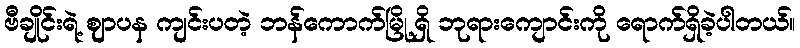
ဗီချိုင်းရဲ့ ဈာပန ကျင်းပတဲ့ ဘန်ကောက်မြို့ရှိ ဘုရားကျောင်းကို ရောက်ရှိခဲ့ပါတယ်။